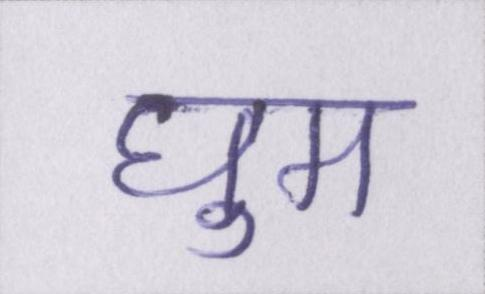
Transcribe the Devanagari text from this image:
घुम